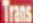
Trans